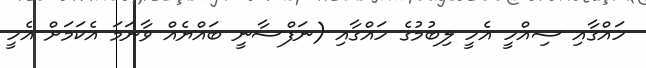
ހައްގާއި ސިއްހީ އެހީ ލިބުމުގެ ހައްގާއި (ނަފްސާނީ ބައްޔެއް ވާނަމަ އެކަމަށް އެހީ